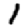
Digit: 1